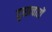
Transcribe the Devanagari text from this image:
दुस्प्रचारों